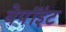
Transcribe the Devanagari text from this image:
वेपॉइंट